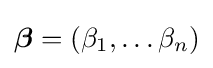
{\boldsymbol {\beta }}=(\beta _{1},\ldots \beta _{n})